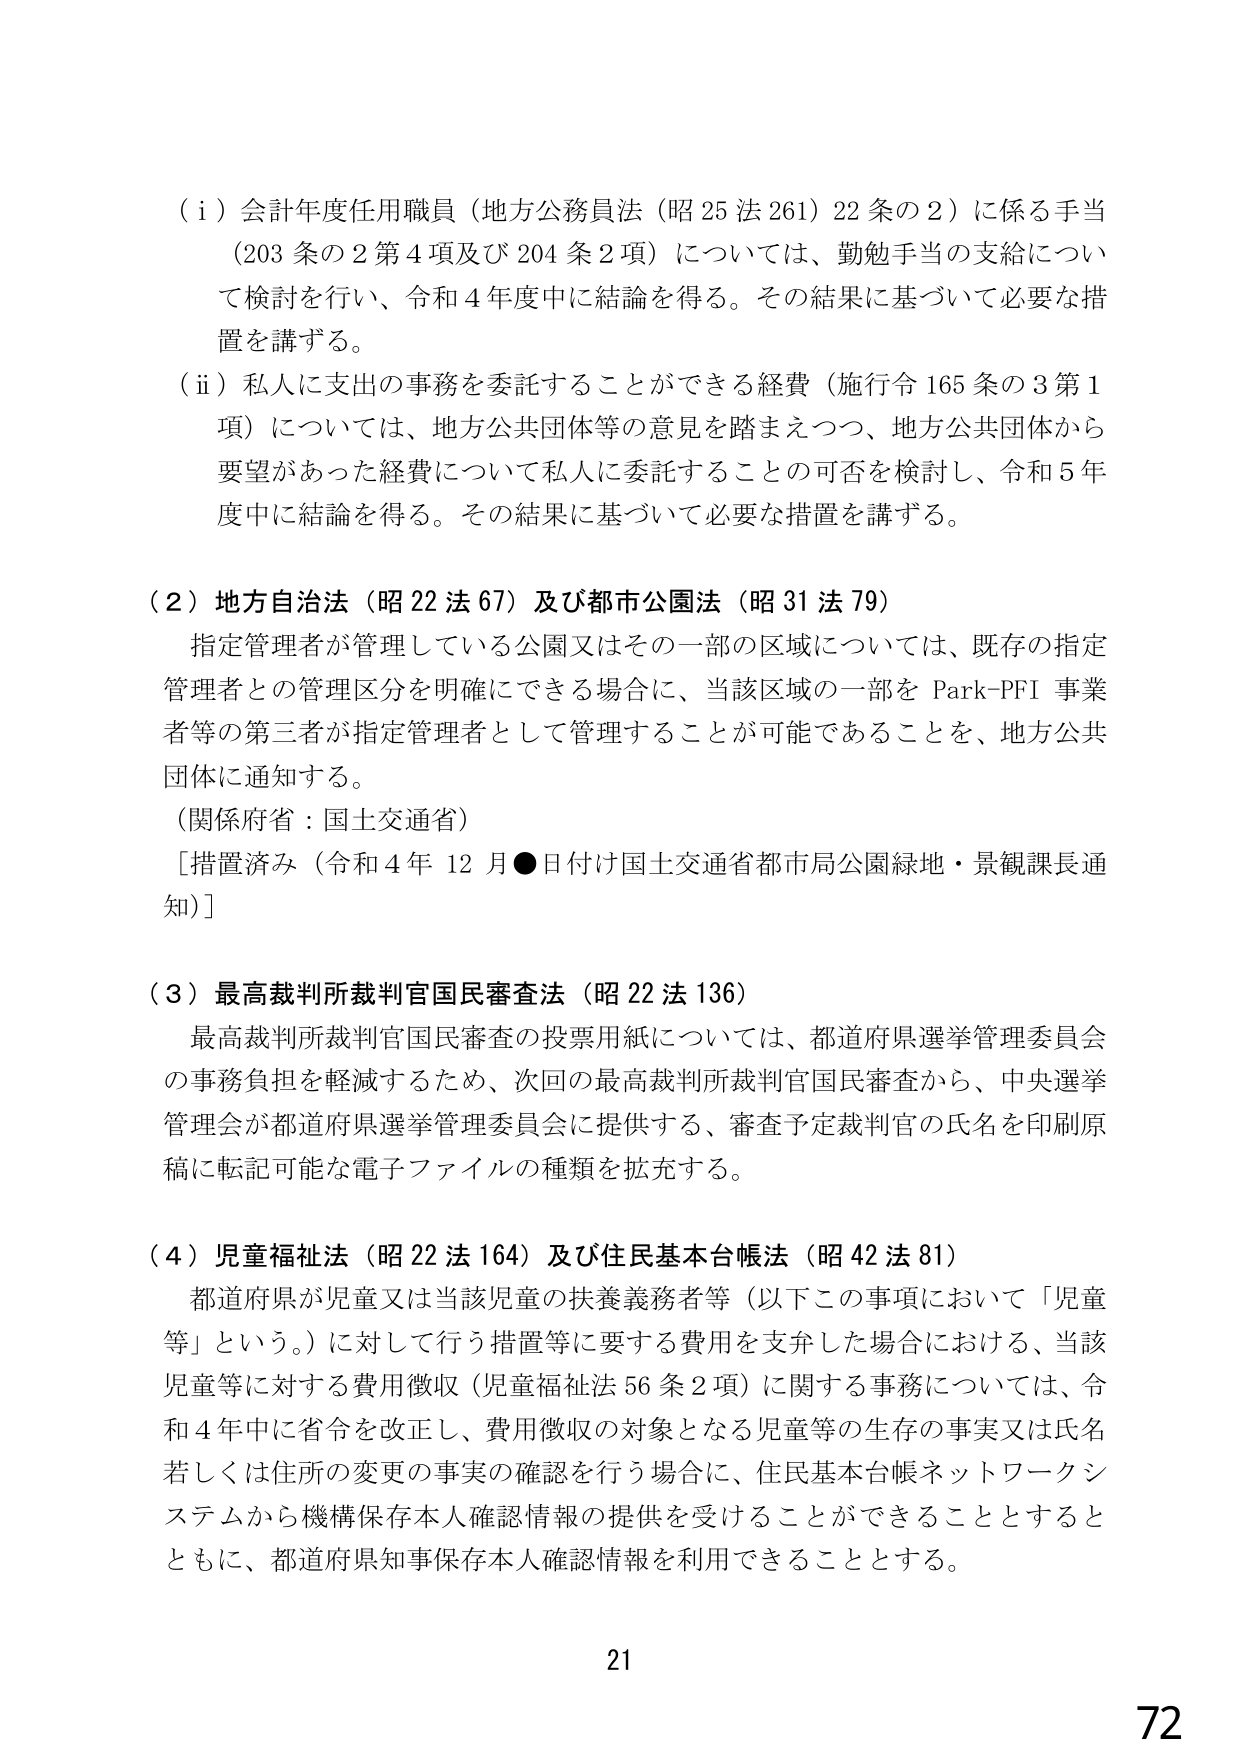
（i）会計年度任用職員（地方公務員法（昭25法261）22条の2）に係る手当（203条の2第4項及び204条2項）については、勤勉手当の支給について検討を行い、令和4年度中に結論を得る。その結果に基づいて必要な措置を講ずる。

（ii）私人に支出の事務を委託することができる経費（施行令165条の3第1項）については、地方公共団体等の意見を踏まえつつ、地方公共団体から要望があった経費について私人に委託することの可否を検討し、令和5年度中に結論を得る。その結果に基づいて必要な措置を講ずる。

（2）地方自治法（昭22法67）及び都市公園法（昭31法79）
指定管理者が管理している公園又はその一部の区域については、既存の指定管理者との管理区分を明確にできる場合に、当該区域の一部をPark-PFI事業者等の第三者が指定管理者として管理することが可能であることを、地方公共団体に通知する。
（関係府省：国土交通省）
［措置済み（令和4年12月●日付け国土交通省都市局公園緑地・景観課長通知）］

（3）最高裁判所裁判官国民審査法（昭22法136）
最高裁判所裁判官国民審査の投票用紙については、都道府県選挙管理委員会の事務負担を軽減するため、次回の最高裁判所裁判官国民審査から、中央選挙管理会が都道府県選挙管理委員会に提供する、審査予定裁判官の氏名を印刷原稿に転記可能な電子ファイルの種類を拡充する。

（4）児童福祉法（昭22法164）及び住民基本台帳法（昭42法81）
都道府県が児童又は当該児童の扶養義務者等（以下この事項において「児童等」という。）に対して行う措置等に要する費用を支弁した場合における、当該児童等に対する費用徴収（児童福祉法56条2項）に関する事務については、令和4年中に省令を改正し、費用徴収の対象となる児童等の生存の事実又は氏名若しくは住所の変更の事実の確認を行う場合に、住民基本台帳ネットワークシステムから機構保存本人確認情報の提供を受けることができることとするとともに、都道府県知事保存本人確認情報を利用できることとする。

21
72